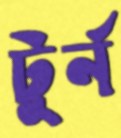
টুর্ন